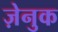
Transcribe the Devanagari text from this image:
ज़ेनुक